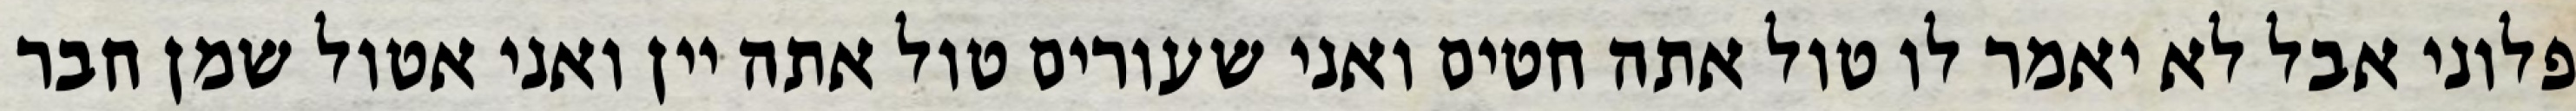
פלוני אבל לא יאמר לו טול אתה חטים ואני שעורים טול אתה יין ואני אטול שמן חבר